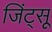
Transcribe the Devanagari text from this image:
जिंट्सू